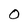
Character: 0